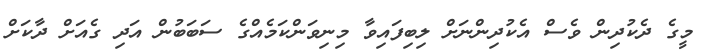
މީގެ ދެކުދިން ވެސް އެކުދިންނަށް ލިބިފައިވާ މިނިވަންކަމެއްގެ ސަބަބުން އަދި ގެއަށް ދާކަށް